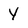
Character: Y